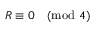
R \equiv 0 { \pmod { 4 } }